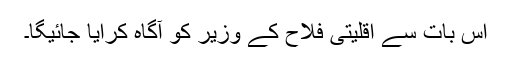
اس بات سے اقلیتی فلاح کے وزیر کو آگاہ کرایا جائیگا۔